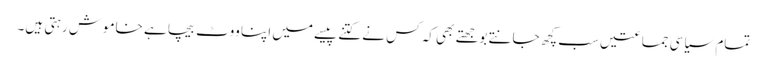
تمام سیاسی جماعتیں سب کچھ جانتے بوجھتے بھی کہ کس نے کتنے پیسے میں اپنا ووٹ بیچا ہے خاموش رہتی ہیں۔